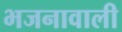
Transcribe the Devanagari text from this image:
भजनावाली